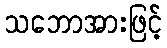
သဘောအားဖြင့်